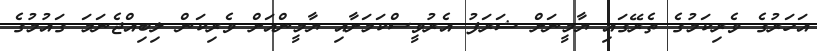
އަހަރުގެ ވެރިކަމުގެ ތެރޭގައި ޔާމީނަށް ޝަރަފު އެރުވީސްކަމަށާއި ޔާމީންއަށް ވެރިކަން ލިބިއްޖެނަމަ ގައުމުގެ